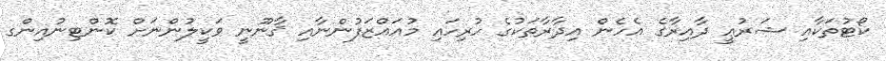
ކޯޓުތަކާއި ޝަރުޢީ ދާއިރާގެ އެހެން އިދާރާތަކުގެ ހުރިހައި މުއައްޒަފުންނާއި ޤާނޫނީ ވަކީލުންނަށް ކޮންޓިނުއިންގ